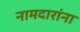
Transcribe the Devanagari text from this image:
नामदारांना